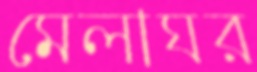
মেলাঘর